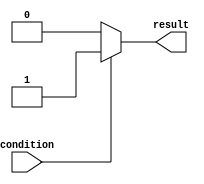
module conditional_assignment (
    input condition,
    output reg result
);

always @* begin
    if (condition) begin
        result = 1'b1; // assign a specific value when condition is true
    end else begin
        result = 1'b0; // assign a different value when condition is false
    end
end

endmodule